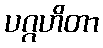
ပဂ္ဂဟိတာ